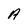
Character: A